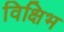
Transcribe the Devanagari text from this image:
विक्षिभ